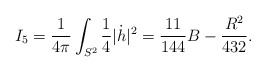
\begin{align*}I_5 = \frac{1}{4\pi}\int_{S^2} \frac{1}{4}|\dot h|^2 = \frac{11}{144} B - \frac{R^2}{432}. \end{align*}